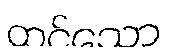
ထင်သော